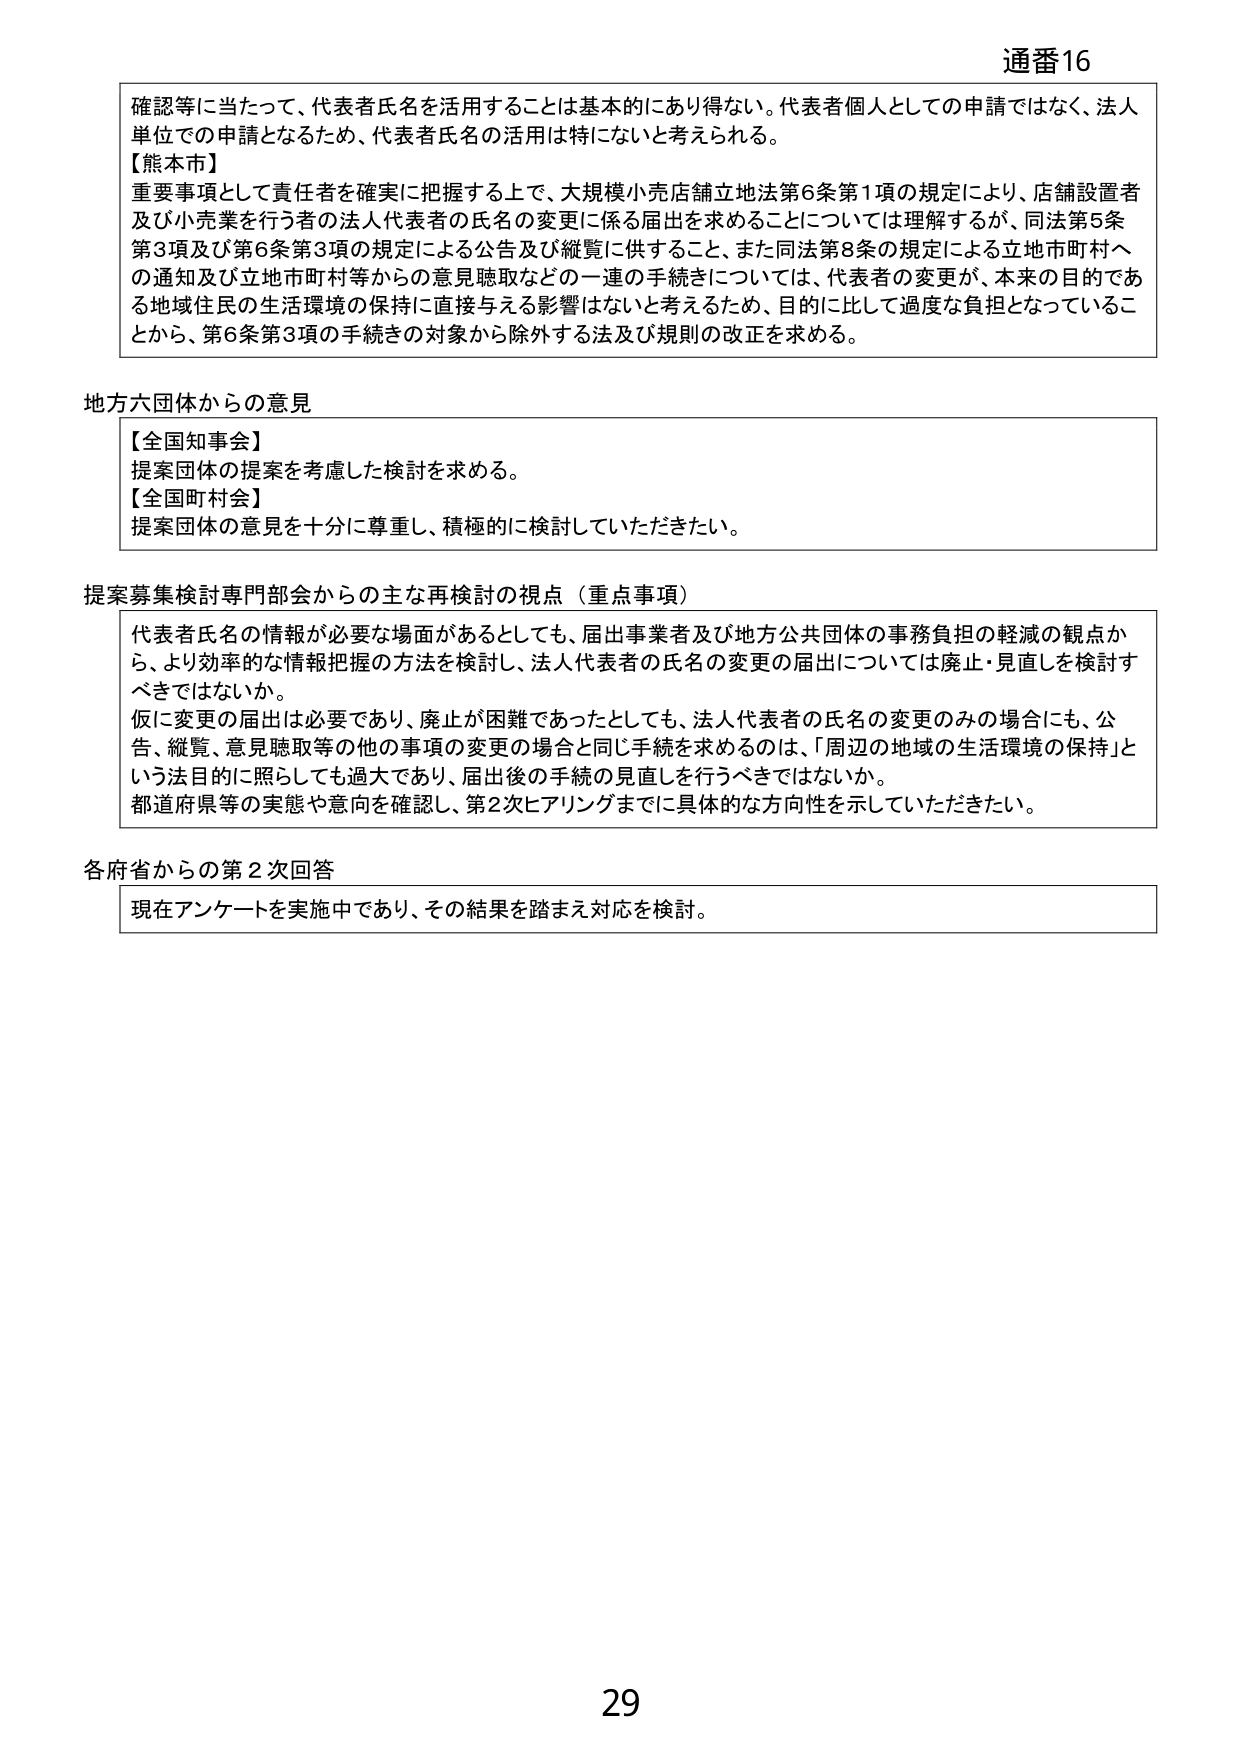
通番16

確認等に当たって、代表者氏名を活用することは基本的にあり得ない。代表者個人としての申請ではなく、法人単位での申請となるため、代表者氏名の活用は特にないと考えられる。

【熊本市】
重要事項として責任者を確実に把握する上で、大規模小売店舗立地法第6条第1項の規定により、店舗設置者及び小売業を行う者の法人代表者の氏名の変更に係る届出を求めることについては理解するが、同法第5条第3項及び第6条第3項の規定による公告及び縦覧に供すること、また同法第8条の規定による立地市町村への通知及び立地市町村等からの意見聴取などの一連の手続きについては、代表者の変更が、本来の目的である地域住民の生活環境の保持に直接与える影響はないと考えるため、目的に比して過度な負担となっていることから、第6条第3項の手続きの対象から除外する法及び規則の改正を求める。

地方六団体からの意見

【全国知事会】
提案団体の提案を考慮した検討を求める。

【全国町村会】
提案団体の意見を十分に尊重し、積極的に検討していただきたい。

提案募集検討専門部会からの主な再検討の視点（重点事項）

代表者氏名の情報が必要な場面があるとしても、届出事業者及び地方公共団体の事務負担の軽減の観点から、より効率的な情報把握の方法を検討し、法人代表者の氏名の変更の届出については廃止・見直しを検討すべきではないか。
仮に変更の届出は必要であり、廃止が困難であったとしても、法人代表者の氏名の変更のみの場合にも、公告、縦覧、意見聴取等の他の事項の変更の場合と同じ手続を求めるのは、「周辺の地域の生活環境の保持」という法目的に照らしても過大であり、届出後の手続の見直しを行うべきではないか。
都道府県等の実態や意向を確認し、第2次ヒアリングまでに具体的な方向性を示していただきたい。

各府省からの第2次回答

現在アンケートを実施中であり、その結果を踏まえ対応を検討。

29